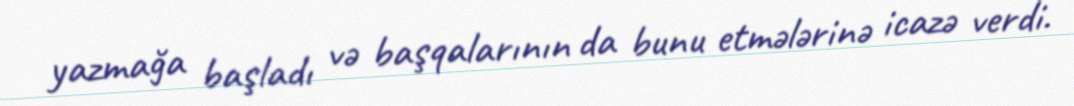
yazmağa başladı və başqalarının da bunu etmələrinə icazə verdi.